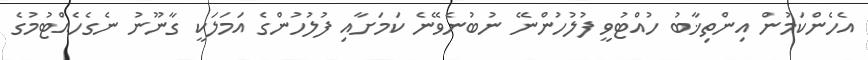
އެހެންކަމުން އިންތިޚާބު ހުއްޓުވީ ފުލުހުންނޭ ނުބުނެވޭނެ ކަމަށާއި ފުލުހުންގެ އަމަލަކީ ގާނޫނު ނެގެހެއްޓުމުގެ